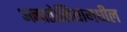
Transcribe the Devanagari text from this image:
अनातोलियामधील